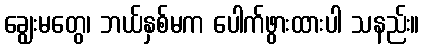
ချွေးမတွေ၊ ဘယ်နှစ်မက ပေါက်ဖွားထားပါ သနည်း။